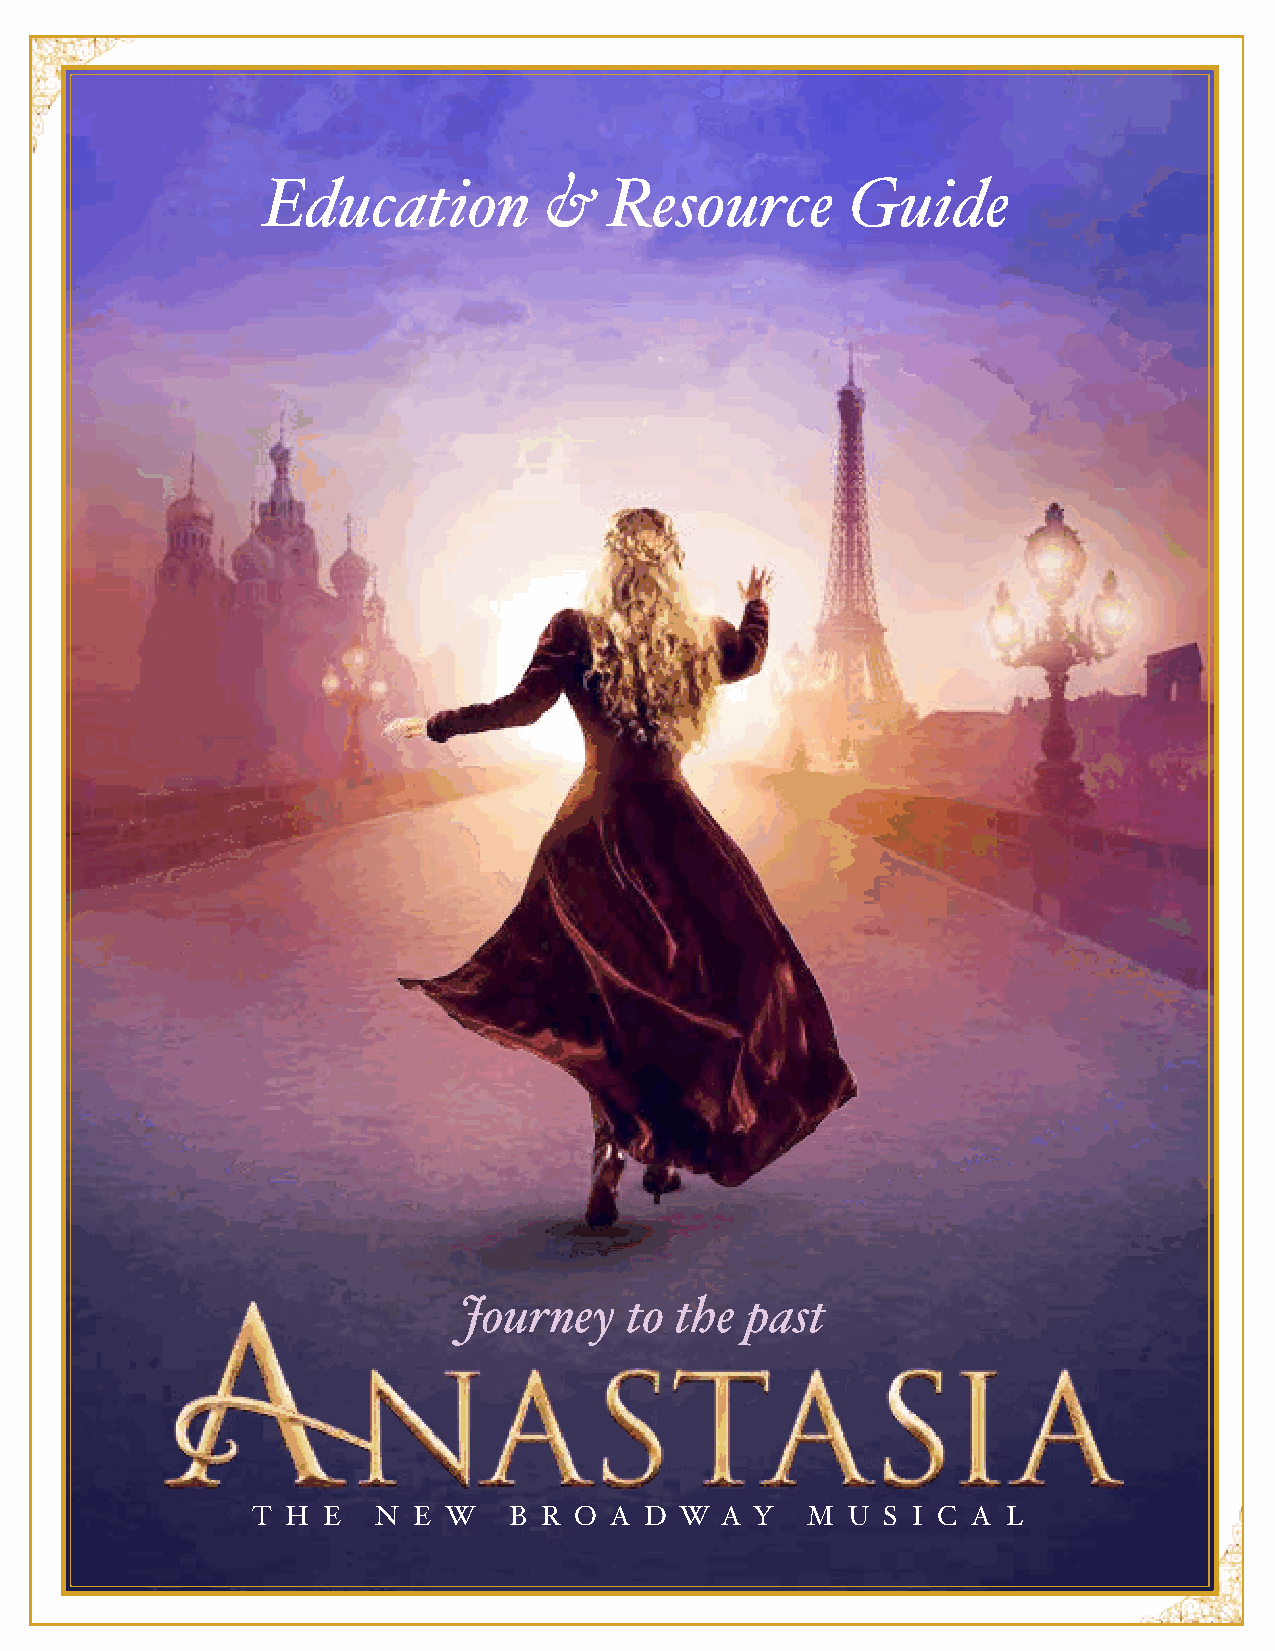
Education          &   Resource        Guide
 Journey    to  the past
 T H E   N E  W   B R O A  D W  A Y  M  U S I C A  L